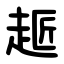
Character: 䞪